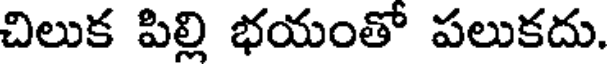
చిలుక పిల్లి భయంతో పలుకదు.